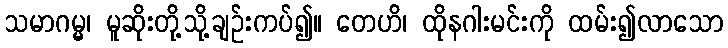
သမာဂမ္မ၊ မူဆိုးတို့သို့ချဉ်းကပ်၍။ တေဟိ၊ ထိုနဂါးမင်းကို ထမ်း၍လာသော